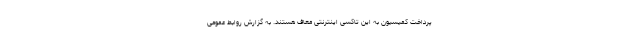
پرداخت کمیسیون به این تاکسی اینترنتی معاف هستند. به گزارش روابط عمومی